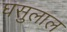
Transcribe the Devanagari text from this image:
घसुलाल